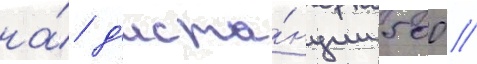
на́ д'иста́нции 500 /